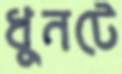
ধুনটে